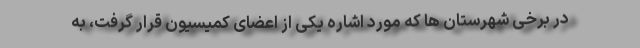
در برخی شهرستان ها که مورد اشاره یکی از اعضای کمیسیون قرار گرفت، به